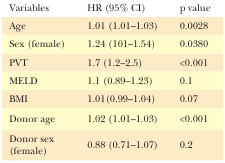
<table><thead><tr><td><b>Variables</b></td><td><b>HR (95% CI)</b></td><td><b>p value</b></td></tr></thead><tbody><tr><td>Age</td><td>1.01 (1.01–1.03)</td><td>0.0028</td></tr><tr><td>Sex (female)</td><td>1.24 (101–1.54)</td><td>0.0380</td></tr><tr><td>PVT</td><td>1.7 (1.2–2.5)</td><td>&lt;0.001</td></tr><tr><td>MELD</td><td>1.1 (0.89–1.23)</td><td>0.1</td></tr><tr><td>BMI</td><td>1.01(0.99–1.04)</td><td>0.07</td></tr><tr><td>Donor age</td><td>1.02 (1.01–1.03)</td><td>&lt;0.001</td></tr><tr><td>Donor sex (female)</td><td>0.88 (0.71–1.07)</td><td>0.2</td></tr></tbody></table>